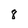
Character: 8